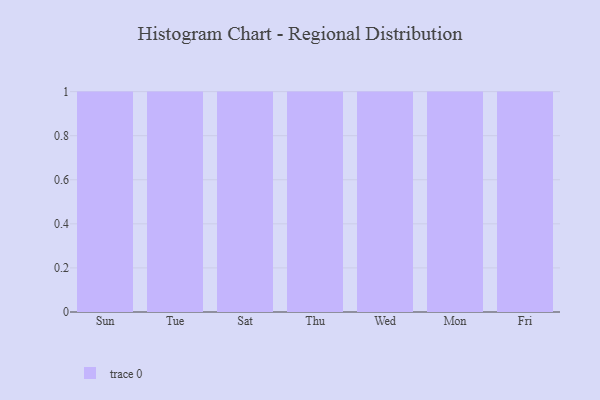
{"axis": {"x": "Day", "y": "Humidity (%)"}, "legend": [""], "data": [{"x": "Sun", "y": 21, "type": ""}, {"x": "Tue", "y": 57, "type": ""}, {"x": "Sat", "y": 21, "type": ""}, {"x": "Thu", "y": 15, "type": ""}, {"x": "Wed", "y": 18, "type": ""}, {"x": "Mon", "y": 65, "type": ""}, {"x": "Fri", "y": 2, "type": ""}]}